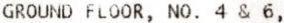
GROUND FLOOR, NO. 4 & 6,